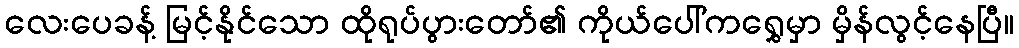
လေးပေခန့် မြင့်နိုင်သော ထိုရုပ်ပွားတော်၏ ကိုယ်ပေါ်ကရွှေမှာ မှိန်လွင့်နေပြီ။